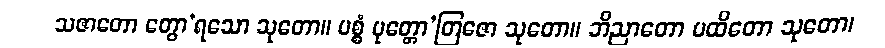
သဇာတော တွော’ရသော သုတော။ ပစ္စံ ပုတ္တော’တြဇော သုတော။ ဘိညာတော ပထိတော သုတော၊